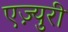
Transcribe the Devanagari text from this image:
एज़्युरी